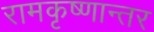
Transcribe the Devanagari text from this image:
रामकृष्णान्तर